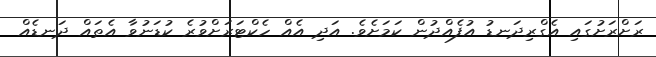
ރަށްރަށުގައި އެގްރިދަނޑު އުފެއްދުން ކަމަށެވެ. އަދި އެއް ހެކްޓަރަށްވުރެ ކުޑަނުވާ އެތައް ދަނޑެއް